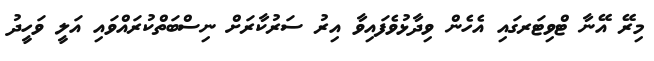
މިރޭ އޭނާ ޓްވިޓަރގައި އެހެން ވިދާޅުވެފައިވާ އިރު ސަރުކާރަށް ނިސްބަތްކުރައްވައި އަލީ ވަހީދު